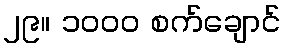
၂၉။ ၁၀၀၀ စက်ချောင်